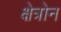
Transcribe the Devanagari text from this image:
क्षेत्रोन